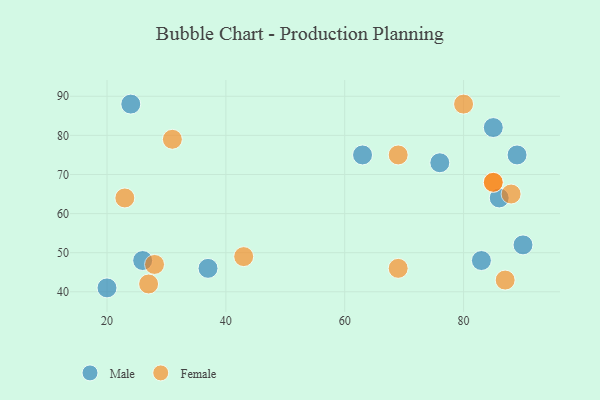
{"axis": {"x": "GDP", "y": "Life Expectancy"}, "legend": ["Female", "Male"], "data": [{"x": "86", "y": 64, "type": "Male"}, {"x": "26", "y": 48, "type": "Male"}, {"x": "89", "y": 75, "type": "Male"}, {"x": "76", "y": 73, "type": "Male"}, {"x": "20", "y": 41, "type": "Male"}, {"x": "24", "y": 88, "type": "Male"}, {"x": "83", "y": 48, "type": "Male"}, {"x": "37", "y": 46, "type": "Male"}, {"x": "85", "y": 82, "type": "Male"}, {"x": "90", "y": 52, "type": "Male"}, {"x": "63", "y": 75, "type": "Male"}, {"x": "28", "y": 47, "type": "Female"}, {"x": "23", "y": 64, "type": "Female"}, {"x": "43", "y": 49, "type": "Female"}, {"x": "80", "y": 88, "type": "Female"}, {"x": "85", "y": 68, "type": "Female"}, {"x": "27", "y": 42, "type": "Female"}, {"x": "85", "y": 68, "type": "Female"}, {"x": "69", "y": 46, "type": "Female"}, {"x": "31", "y": 79, "type": "Female"}, {"x": "88", "y": 65, "type": "Female"}, {"x": "69", "y": 75, "type": "Female"}, {"x": "87", "y": 43, "type": "Female"}]}